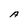
Character: A